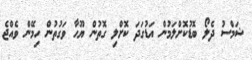
ޝަމްސު ދެލޯ ބޮޑުކޮށްލަމުން އަޑުގަދަ ކޮށްލި ގޮތުން ޔޫހާ ވަގުތުން ހިމޭން ވެއްޖެ